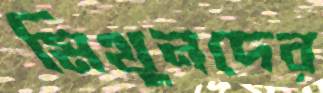
মিথুনদের